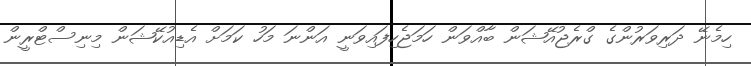
ހިމެނޭ ދަރިވަރުންގެ ގްރެޖުއޭޝަން ބާއްވަން ހަމަޖެހިފައިވަނީ އަންނަ މަހު ކަމަށް އެޑިއުކޭޝަން މިނިސްޓްރީން